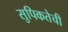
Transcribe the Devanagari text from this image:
सुपिकतेची